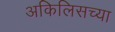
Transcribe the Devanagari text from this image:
अकिलिसच्या